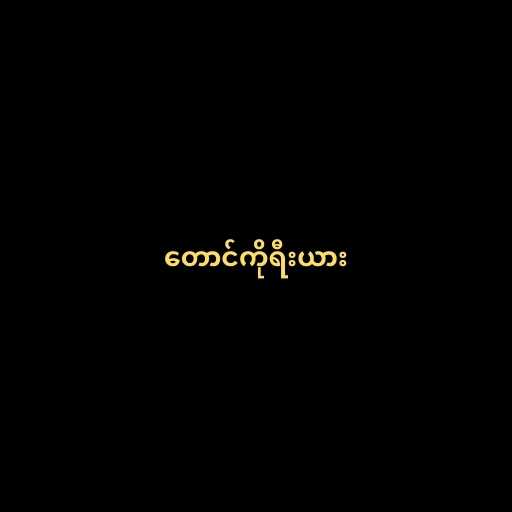
တောင်ကိုရီးယား